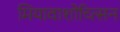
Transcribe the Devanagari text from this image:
मियावाशोच्त्सिन